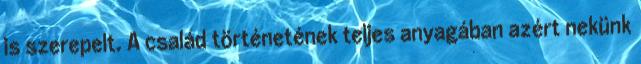
is szerepelt. A család történetének teljes anyagában azért nekünk